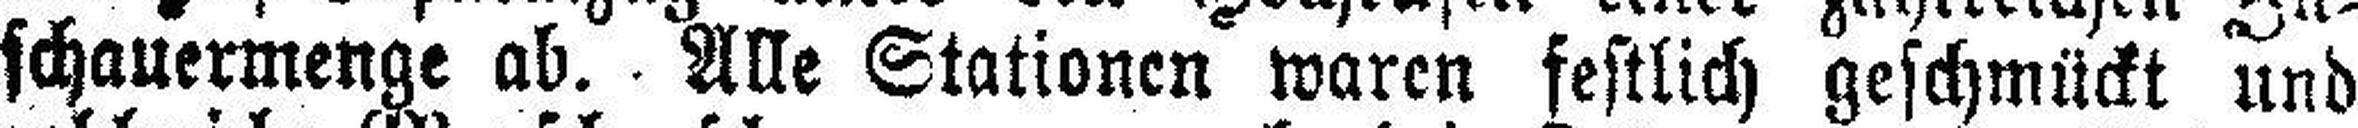
schauermenge ab. Alle Stationen waren festlich geschmückt und